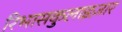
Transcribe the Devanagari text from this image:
रिभासकुलाइज़ार